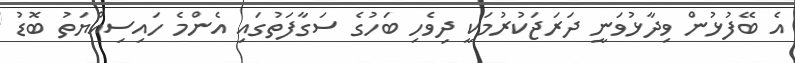
އެ ބޭފުޅުން ވިދާޅުވަނީ ދަރަޖަކުރުމަކީ ދިވެހި ބަހުގެ ސަގާފަތުގައި އެންމެ ހައިސިއްޔަތު ބޮޑު